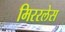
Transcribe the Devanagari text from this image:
मिररलेस